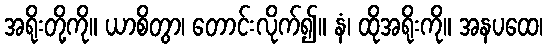
အရိုးတို့ကို။ ယာစိတွာ၊ တောင်းလိုက်၍။ နံ၊ ထိုအရိုးကို။ အနပထေ၊